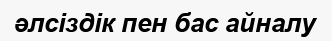
әлсіздік пен бас айналу